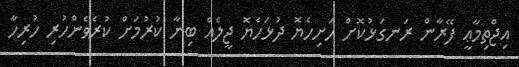
އިޖްތިމާޢީ ފޭރާން ރަނގަޅުކޮށް ހަށިހެޔޮ ދުޅަހެޔޮ ޖީލެއް ބިނާ ކުރުމަށް ކުރެވެންހުރި ހުރިހާ